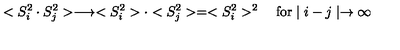
< S _ { i } ^ { 2 } \cdot S _ { j } ^ { 2 } > \longrightarrow < S _ { i } ^ { 2 } > \cdot < S _ { j } ^ { 2 } > = < S _ { i } ^ { 2 } > ^ { 2 } \quad \mathrm { f o r } \mid i - j \mid \rightarrow \infty